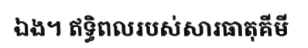
ឯង។ ឥទ្ធិពលរបស់សារធាតុគីមី